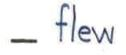
- flew